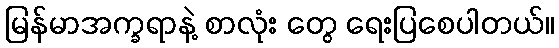
မြန်မာအက္ခရာနဲ့ စာလုံး တွေ ရေးပြစေပါတယ်။